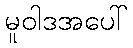
မူဝါဒအပေါ်